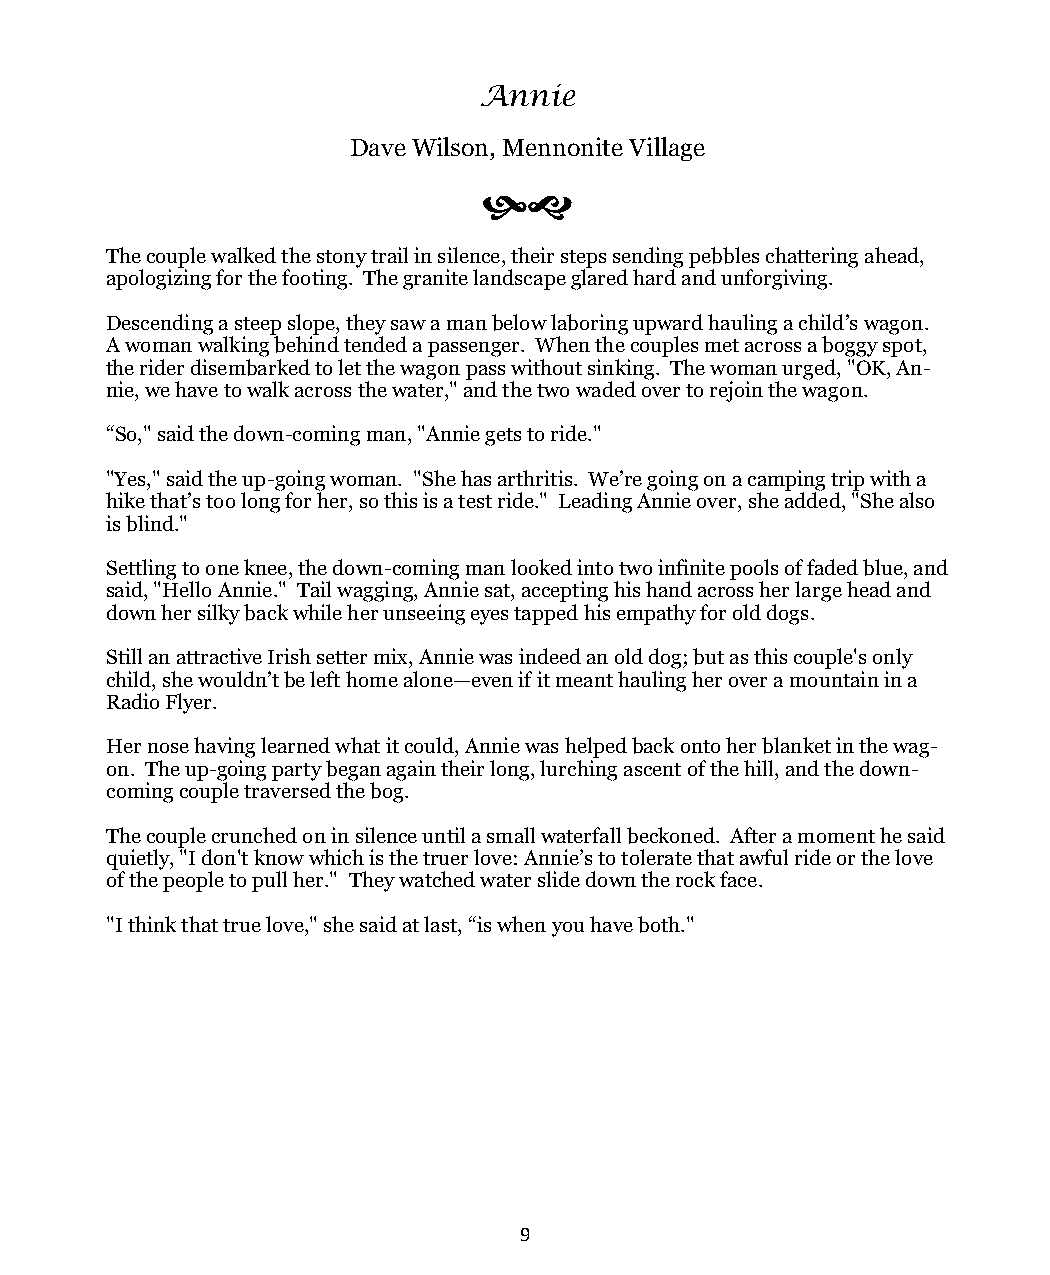
Annie
 Dave Wilson, Mennonite Village
 
 The couple walked the stony trail in silence, their steps sending pebbles chattering ahead,
 apologizing for the footing. The granite landscape glared hard and unforgiving.
 Descending a steep slope, they saw a man below laboring upward hauling a child’s wagon.
 A woman walking behind tended a passenger. When the couples met across a boggy spot,
 the rider disembarked to let the wagon pass without sinking. The woman urged, "OK, An-
 nie, we have to walk across the water," and the two waded over to rejoin the wagon.
 “So," said the down-coming man, "Annie gets to ride."
 "Yes," said the up-going woman. "She has arthritis. We’re going on a camping trip with a
 hike that’s too long for her, so this is a test ride." Leading Annie over, she added, "She also
 is blind."
 Settling to one knee, the down-coming man looked into two infinite pools of faded blue, and
 said, "Hello Annie." Tail wagging, Annie sat, accepting his hand across her large head and
 down her silky back while her unseeing eyes tapped his empathy for old dogs.
 Still an attractive Irish setter mix, Annie was indeed an old dog; but as this couple's only
 child, she wouldn’t be left home alone—even if it meant hauling her over a mountain in a
 Radio Flyer.
 Her nose having learned what it could, Annie was helped back onto her blanket in the wag-
 on. The up-going party began again their long, lurching ascent of the hill, and the down-
 coming couple traversed the bog.
 The couple crunched on in silence until a small waterfall beckoned. After a moment he said
 quietly, "I don't know which is the truer love: Annie’s to tolerate that awful ride or the love
 of the people to pull her." They watched water slide down the rock face.
 "I think that true love," she said at last, “is when you have both."
 9